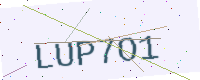
Text: LUP7O1